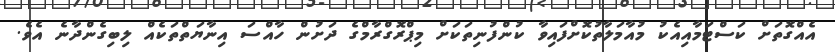
އެއްގޮތަށް ކަސްޓަމާއިއެކު މުއާމަލާތުކޮށްފައިވާ ކުންފުނިތަކަށް މިޕްރޮގްރާމްގެ ދަށުން ހާއްސަ އިނާޔަތްތަކެއް ލިބިގެންދާނެ އެވެ.